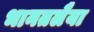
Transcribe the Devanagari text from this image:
भानतलैया